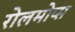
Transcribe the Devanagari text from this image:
रोलमोप्स